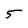
Character: 5